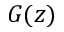
G ( z )